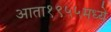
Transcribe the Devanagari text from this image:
आता१९५५मध्ये